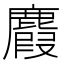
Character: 麚